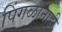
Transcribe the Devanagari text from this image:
पिंगळानाडी